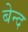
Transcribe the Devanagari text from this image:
बेन्द